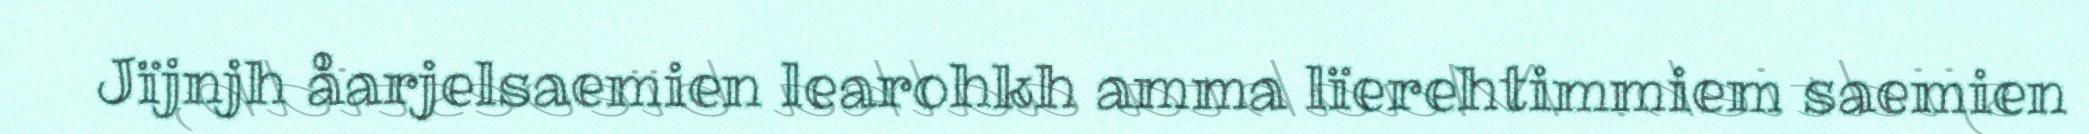
Jïjnjh åarjelsaemien learohkh amma lïerehtimmiem saemien